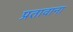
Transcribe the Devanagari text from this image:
प्रतावाना